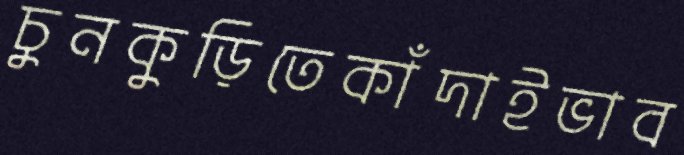
চুনকুড়িতেকাঁদাইভাব